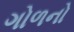
ગોળનો